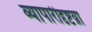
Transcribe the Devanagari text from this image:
व्यापारीदृष्टय़ा